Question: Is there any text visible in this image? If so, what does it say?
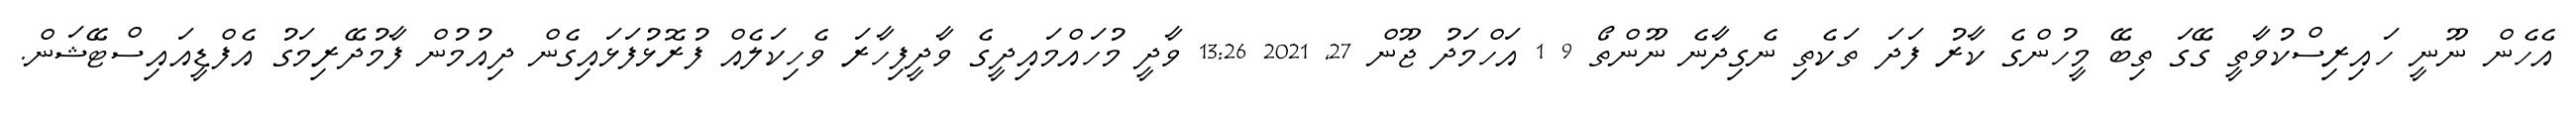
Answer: އެހެން ނޫނީ ހައިރިސްކުވާތީ ގޭގަ ތިބޭ މީހުންގެ ކާރު ފަދަ ތަކެތި ނެގިދާނެ ނޫންތޯ 9 1 އަހްމަދު ޖޫން 27, 2021 13:26 ވާދީ މުހައްމައިދީގެ ވާދީފިހާރަ ވެހިކަލެއް ފުރޮޅުފަޅައިގެން ދިއުމުން ފާމުދޭރިމަގު އެފްޑީއައިސްޓޭޝަން.